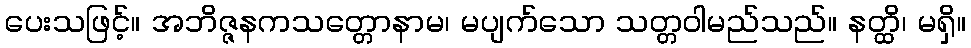
ပေးသဖြင့်။ အဘိဇ္ဇနကသတ္တောနာမ၊ မပျက်သော သတ္တဝါမည်သည်။ နတ္ထိ၊ မရှိ။